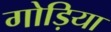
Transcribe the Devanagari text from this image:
गोड़िया